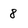
Character: 8